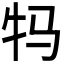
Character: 𮳺